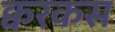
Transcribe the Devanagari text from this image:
क्वरकस